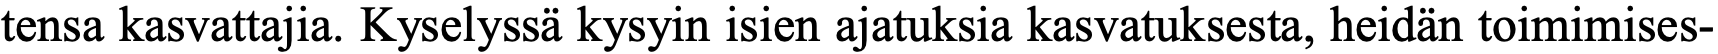
tensa kasvattajia. Kyselyssä kysyin isien ajatuksia kasvatuksesta, heidän toimimises-